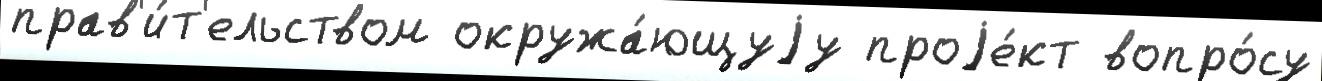
прав'и́т'ельством окружа́ющуjу проjе́кт вопро́су